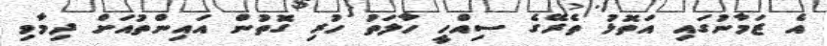
އެ ޒަމާނުގައި އަތޮޅު ތެރޭގެ ސިއްހީ ހާލަތު ހުރި ގޮތުން އައިންތުއަށް ދިމާވި